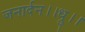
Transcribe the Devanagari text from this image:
जनार्दन।।ध्रु।।